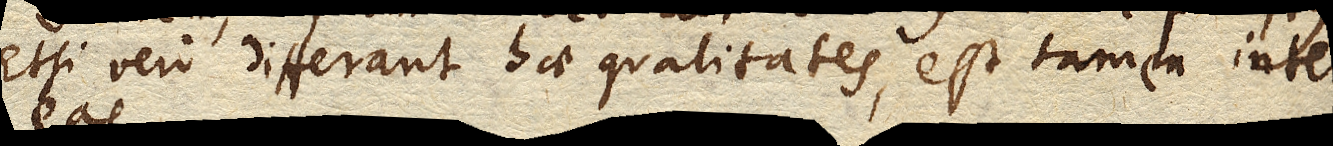
Etsi vero differant hae qualitates, est tamen inter